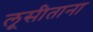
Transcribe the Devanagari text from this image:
लूसीताना